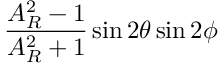
\frac { A _ { R } ^ { 2 } - 1 } { A _ { R } ^ { 2 } + 1 } \sin { 2 \theta } \sin { 2 \phi }